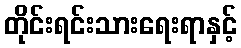
တိုင်းရင်းသားရေးရာနှင့်